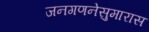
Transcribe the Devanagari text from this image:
जनगणनेसुमारास